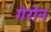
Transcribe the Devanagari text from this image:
गेरोन